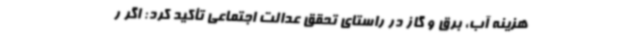
هزینه آب، برق و گاز در راستای تحقق عدالت اجتماعی تأکید کرد: اگر ر